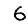
Digit: 6